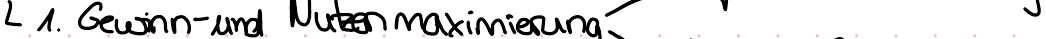
1. Gewinn- und Nutzenmaximierung